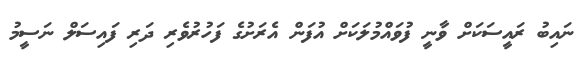
ނައިބު ރައީސަކަށް ވާނީ ފުވައްމުލަކަށް އުފަން އެރަށުގެ ފަހުރުވެރި ދަރި ފައިސަލް ނަސީމު